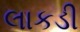
લાકડી